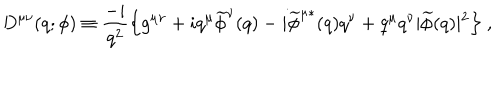
D ^ { \mu \nu } ( q ; \phi ) \equiv { \frac { - i } { q ^ { 2 } } } \Bigl \{ g ^ { \mu \nu } + i q ^ { \mu } \widetilde \phi ^ { \nu } ( q ) - i { \widetilde \phi ^ { \mu * } } ( q ) q ^ { \nu } + q ^ { \mu } q ^ { \nu } \vert \widetilde \phi ( q ) \vert ^ { 2 } \Bigr \} \ ,